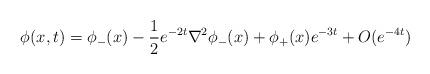
LaTeX: \begin{align*}\phi(x,t)=\phi_-(x)-\frac{1}{2} e^{-2t} \nabla^2 \phi_-(x)+\phi_+(x) e^{-3t}+O(e^{-4t})\end{align*}